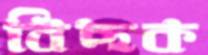
বিছক